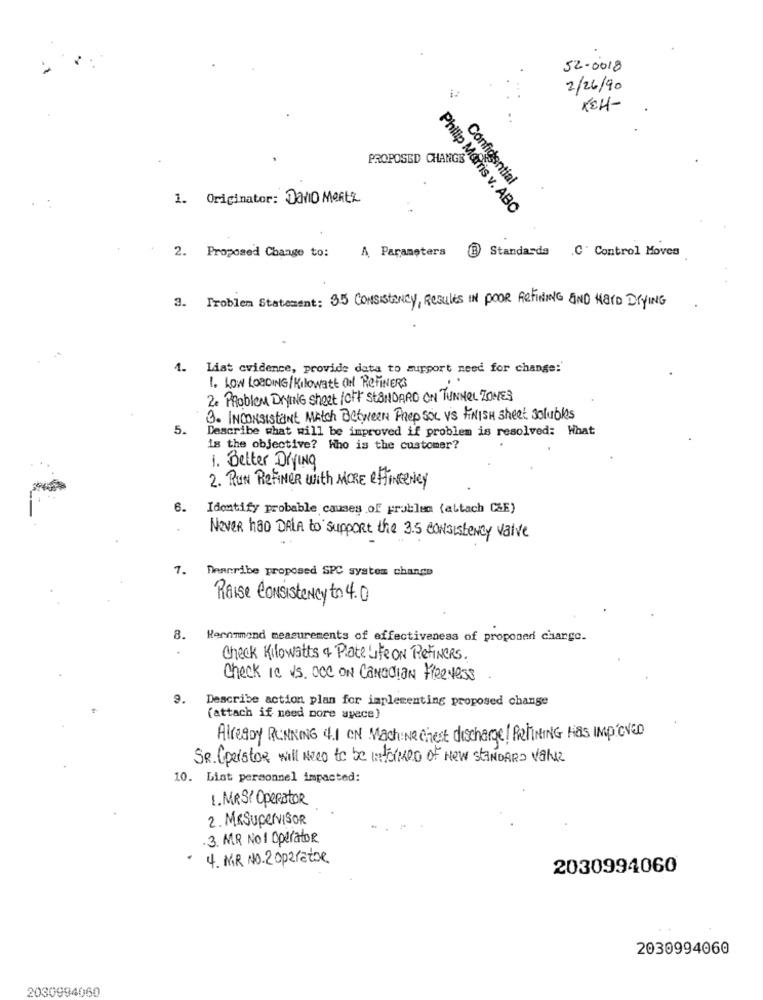
52-0018
2/26/90
KEH-
PROPOSED CHANGE
Confidential
1. Originator: DAVID MORtz
Philip Morris v. ABC
A Parameters
Standarda .C' Control Moves
2. Proposed Change to:
3. Problem Statement: 35 CONSISTENCY, RESULES IN POOR REFINING AND MEID DRYING
4. Liat cvidence, provide data to support need for change:
1. LOW LOADING/Kilowatt Of REFINERS
2. Problem DNING Sheet lott STANDARD ON TUNNEL ZONES
3. INCONSIstant Match Between Prep SOL Vis FINISH sheet solubles
5.
Describe what will be improved if problem is resolved: What
is the objective? Who is the customer?
1. Better Drying
2. RUN ReFineR with MORE effiNceNey
6.
Identify probable causes of problem (altach C&E)
Never had DALA to support the 3.5 consistency valve
7. Dennribe proposed SPC system change
Raise Consistency to 4.0
8. Kernmmand measurements of effectiveness of proponer charge.
Check Kilowatts & Plate Life ON RefineRs.
Check Is vs. acc ON Canadian FreeNess
9. Describe action plan for implementing proposed change
(attach if need more avece)
Already RUNNING 4.1 CN Machine Chest discharge! PeliNING Has IMPROVED
SR. Cperstor will Need to be informed of New STANDARD Value
10. List personnel impacted:
1.MRS! OPERATOR
2. MRSUPERVISOR
3. MR NO 1 Operator
4. MR NO.2 operator
2030994060
2030994060
2030994060